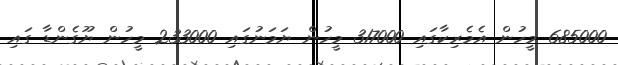
685000 މީހުން އެމެރިކާގައި 317000 މީހުން ޔަމަނުގައި 233000 މީހުން ޔޫގެންޑާ ގައި